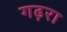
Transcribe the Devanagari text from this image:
गढ़रा